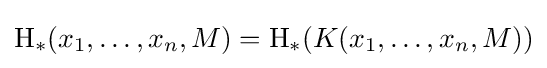
\operatorname {H} _{*}(x_{1},\dots ,x_{n},M)=\operatorname {H} _{*}(K(x_{1},\dots ,x_{n},M))